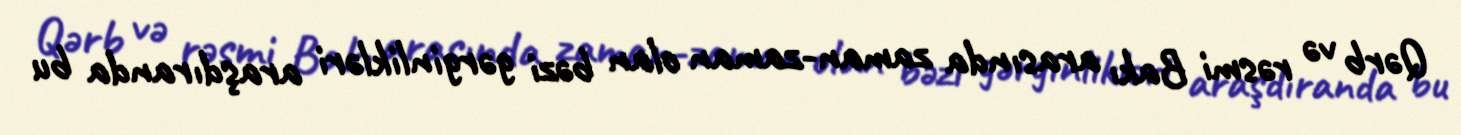
Qərb və rəsmi Bakı arasında zaman-zaman olan bəzi gərginlikləri araşdıranda bu